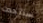
ستتحدث